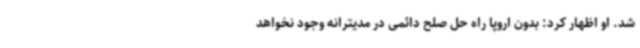
شد. او اظهار کرد: بدون اروپا راه حل صلح دائمی در مدیترانه وجود نخواهد